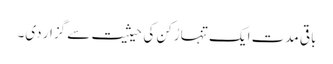
باقی مدت ایک تنہا رُکن کی حیثیت سے گزار دی۔